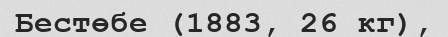
Бестөбе (1883, 26 кг),